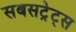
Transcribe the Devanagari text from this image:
सबसट्रेट्स